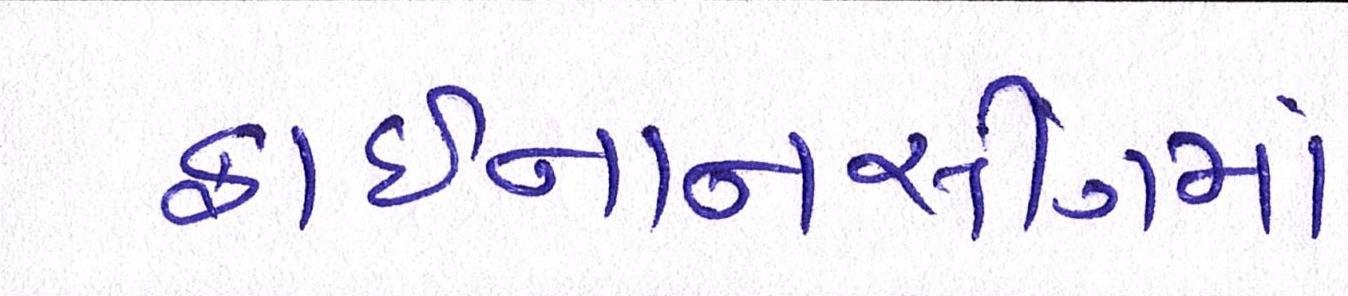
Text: ફાઈનાનસીંગમાં